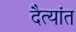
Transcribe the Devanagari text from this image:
दैत्यांत